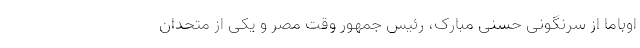
اوباما از سرنگونی حسنی مبارک، رئیس جمهور وقت مصر و یکی از متحدان